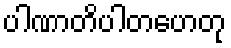
ပါဏာတိပါတဟေတု